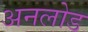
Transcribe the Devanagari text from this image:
अनलोड